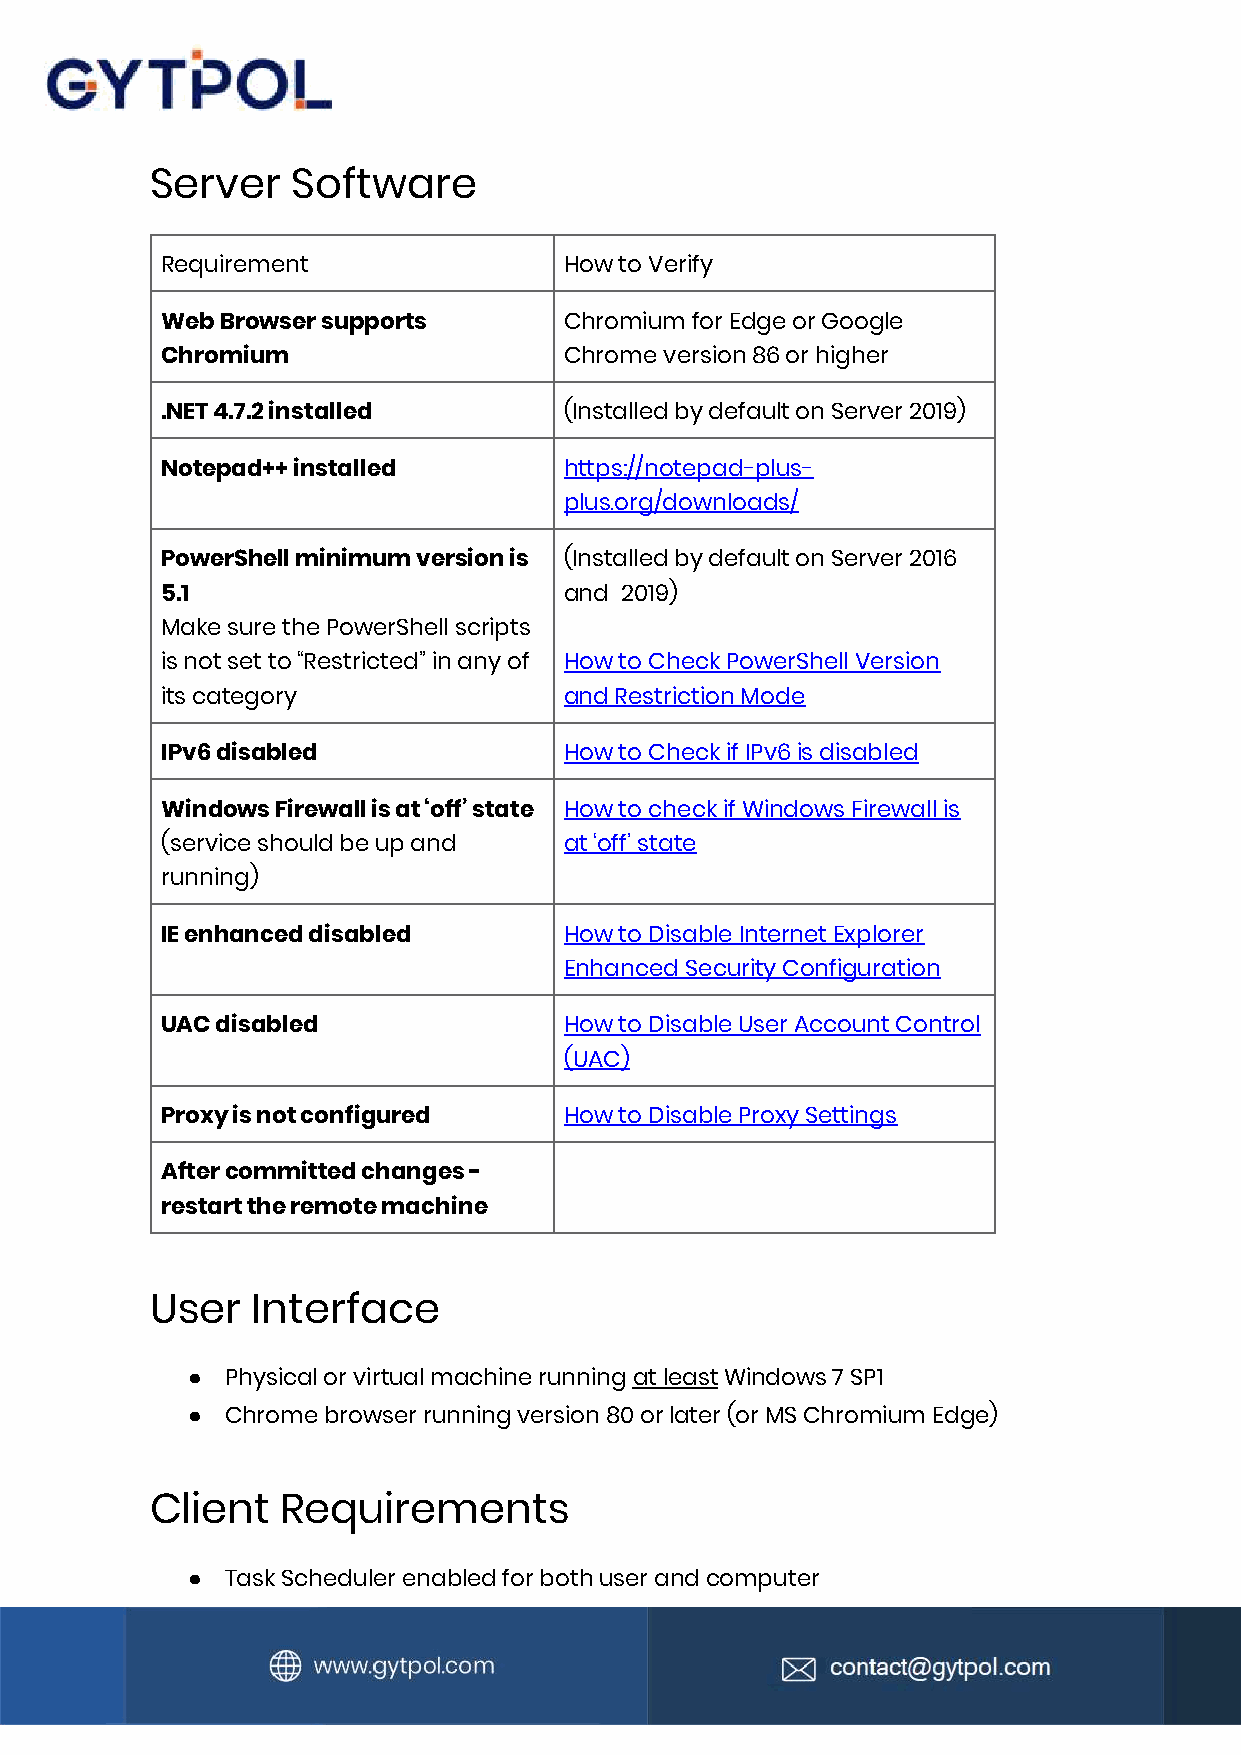
Server   Software
 Requirement               How to Verify
 Web Browser supports      Chromium for Edge or Google
 Chromium                  Chrome version 86 or higher
 .NET 4.7.2 installed      (Installed by default on Server 2019)
 Notepad++ installed       https://notepad-plus-
 plus.org/downloads/
 PowerShell minimum version is (Installed by default on Server 2016
 5.1                       and 2019)
 Make sure the PowerShell scripts
 is not set to “Restricted” in any of How to Check PowerShell Version
 its category              and Restriction Mode
 IPv6 disabled             How to Check if IPv6 is disabled
 Windows Firewall is at ‘off’ state How to check if Windows Firewall is
 (service should be up and at ‘off’ state
 running)
 IE enhanced disabled      How to Disable Internet Explorer
 Enhanced Security Configuration
 UAC disabled              How to Disable User Account Control
 (UAC)
 Proxy is not configured   How to Disable Proxy Settings
 After committed changes -
 restart the remote machine
 User   Interface
 ●  Physical or virtual machine running at least Windows 7 SP1
 ●  Chrome browser running version 80 or later (or MS Chromium Edge)
 Client   Requirements
 ●  Task Scheduler enabled for both user and computer